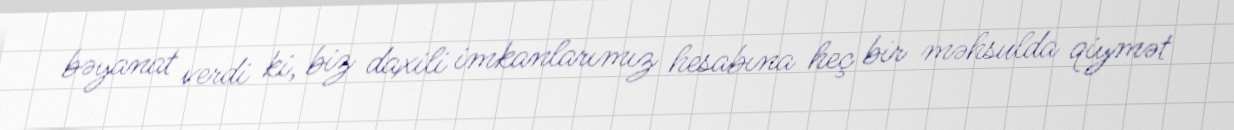
bəyanat verdi ki, biz daxili imkanlarımız hesabına heç bir məhsulda qiymət